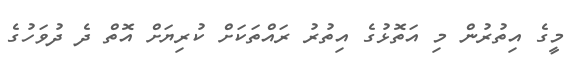
މީގެ އިތުރުން މި އަތޮޅުގެ އިތުރު ރައްތަކަށް ކުރިޔަށް އޮތް ދެ ދުވަހުގެ